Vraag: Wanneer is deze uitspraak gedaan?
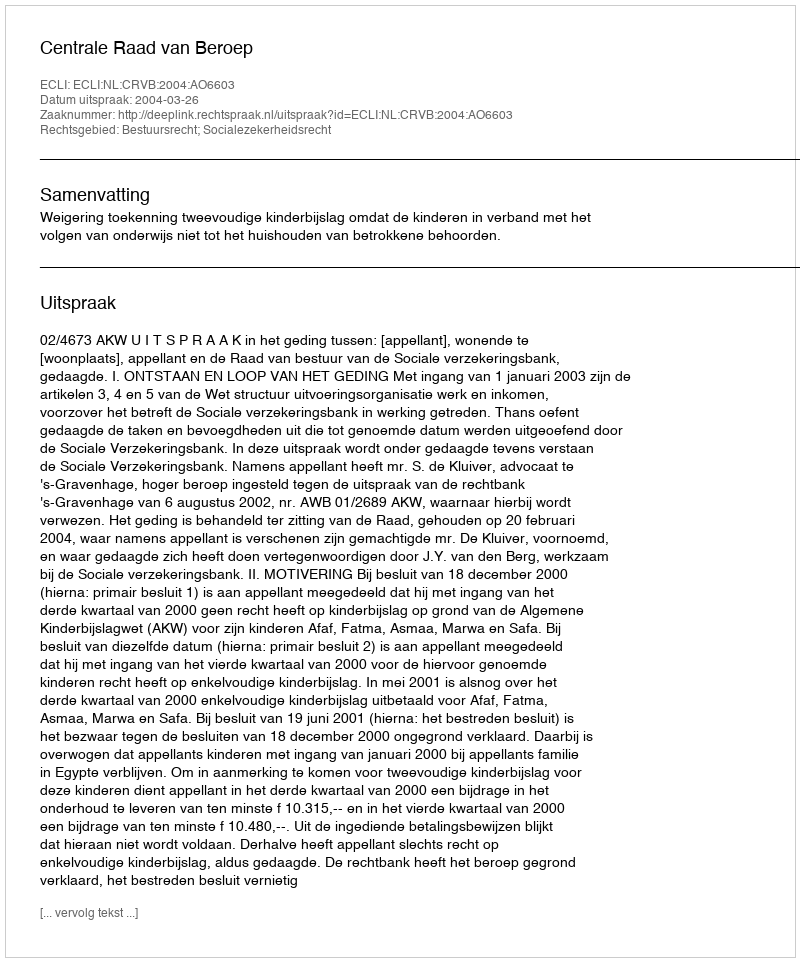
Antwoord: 2004-03-26